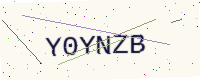
Text: Y0YNZB